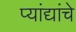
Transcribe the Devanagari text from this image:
प्यांद्यांचे